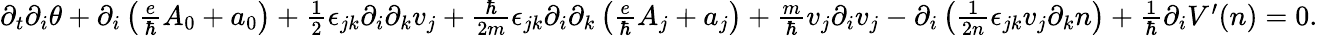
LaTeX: \begin{array}{r}{\partial_{t}\partial_{i}\theta+\partial_{i}\left(\frac{e}{\hbar}A_{0}+a_{0}\right)+\frac{1}{2}\epsilon_{jk}\partial_{i}\partial_{k}v_{j}+\frac{\hbar}{2m}\epsilon_{jk}\partial_{i}\partial_{k}\left(\frac{e}{\hbar}A_{j}+a_{j}\right)+\frac{m}{\hbar}v_{j}\partial_{i}v_{j}-\partial_{i}\left(\frac{1}{2n}\epsilon_{jk}v_{j}\partial_{k}n\right)+\frac{1}{\hbar}\partial_{i}V^{\prime}(n)=0.}\end{array}